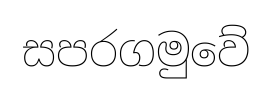
සපරගමුවේ